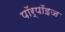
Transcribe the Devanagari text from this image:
पॉर्पॉइज